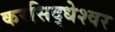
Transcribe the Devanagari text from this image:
करसिद्धेश्वर